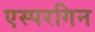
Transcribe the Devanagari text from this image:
एस्परगिन